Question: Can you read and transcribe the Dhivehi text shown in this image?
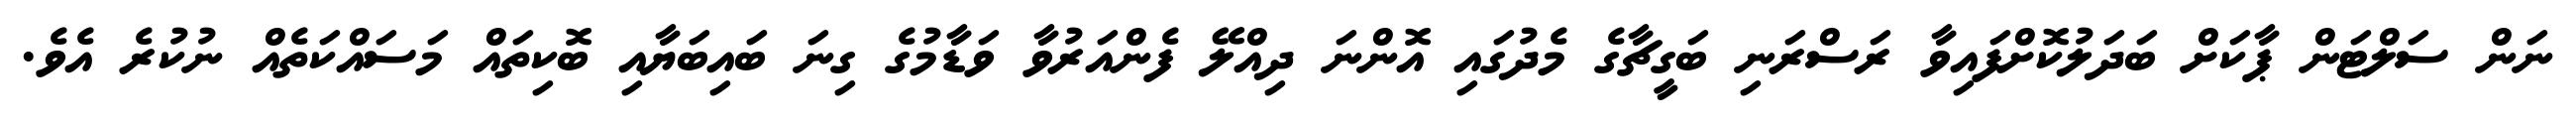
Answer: ނަން ސަލްޓަން ޕާކަށް ބަދަލުކޮށްފައިވާ ރަސްރަނި ބަގީޗާގެ މެދުގައި އޮންނަ ދިއްލޭ ފެންއަރުވާ ވަޑާމުގެ ގިނަ ބައިބަޔާއި ބޮކިތައް މަސައްކަތެއް ނުކުރެ އެވެ.